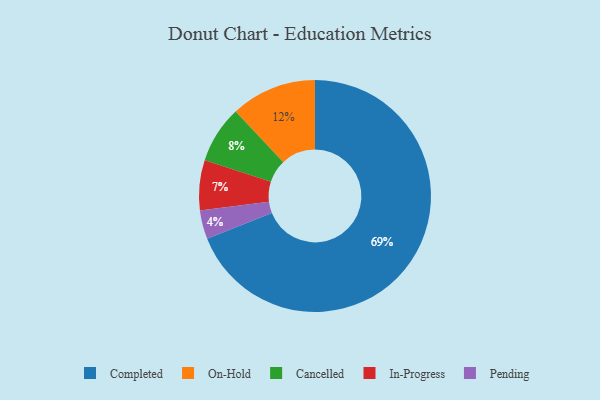
{"axis": {"x": "Category", "y": "Percentage"}, "legend": ["Cancelled", "Completed", "In-Progress", "On-Hold", "Pending"], "data": [{"x": "Cancelled", "y": 8, "type": "Cancelled"}, {"x": "On-Hold", "y": 12, "type": "On-Hold"}, {"x": "Pending", "y": 4, "type": "Pending"}, {"x": "Completed", "y": 69, "type": "Completed"}, {"x": "In-Progress", "y": 7, "type": "In-Progress"}]}